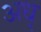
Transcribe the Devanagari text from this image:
अध्